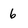
Character: 6